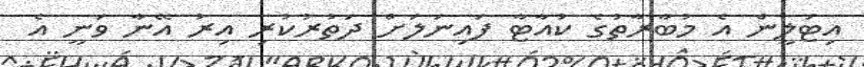
އިޓަލީން އެ މުބާރާތުގެ ކުއާޓާ ފައިނަލަށް ދަތުރުކުރި އިރު އޭނާ ވަނީ އެ